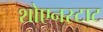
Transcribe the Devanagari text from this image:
शोएनस्टाट